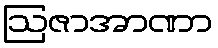
ဩဇာအာဏာ